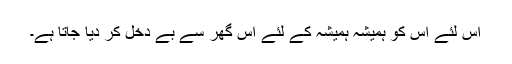
اس لئے اس کو ہمیشہ ہمیشہ کے لئے اس گھر سے بے دخل کر دیا جاتا ہے۔